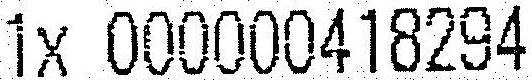
1X 000000418294